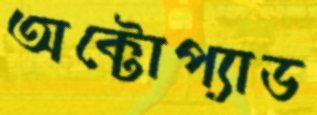
অক্টোপ্যাড